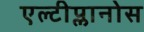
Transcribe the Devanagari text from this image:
एल्टीप्लानोस